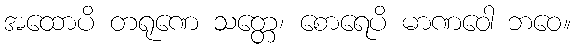
အထောပိ တရုဏေ သတ္တေ၊ စောရေပိ မာဏဝေါ ဘဝေ။